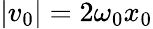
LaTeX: |v_{0}|=2\omega_{0}x_{0}